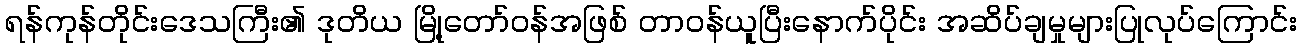
ရန်ကုန်တိုင်းဒေသကြီး၏ ဒုတိယ မြို့တော်ဝန်အဖြစ် တာဝန်ယူပြီးနောက်ပိုင်း အဆိပ်ချမှုများပြုလုပ်ကြောင်း